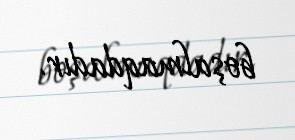
boşalmaqdadır.